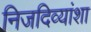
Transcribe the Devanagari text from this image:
निजदिव्यांशा